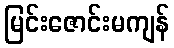
မြင်းဇောင်းမကျန်